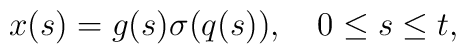
x(s) = g(s) \sigma(q(s)),	\quad	0 \le s \le t,